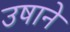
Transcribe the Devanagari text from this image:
उषाने